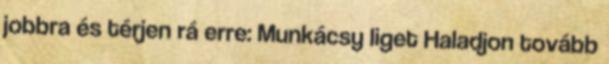
jobbra és térjen rá erre: Munkácsy liget Haladjon tovább